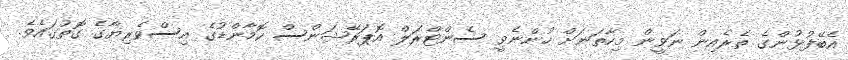
އެބޭފުޅުންގެ ތެރެއިން ނަވީން މިހާތަނަށް ހުންނެވީ ސެންޓްރަލް އޮޕަރޭޝަންސް ކޮމާންޑުގެ އިސްވެރިޔާގެ ގޮތުގައެވެ.